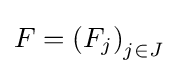
F=\left(F_{j}\right)_{j\in J}